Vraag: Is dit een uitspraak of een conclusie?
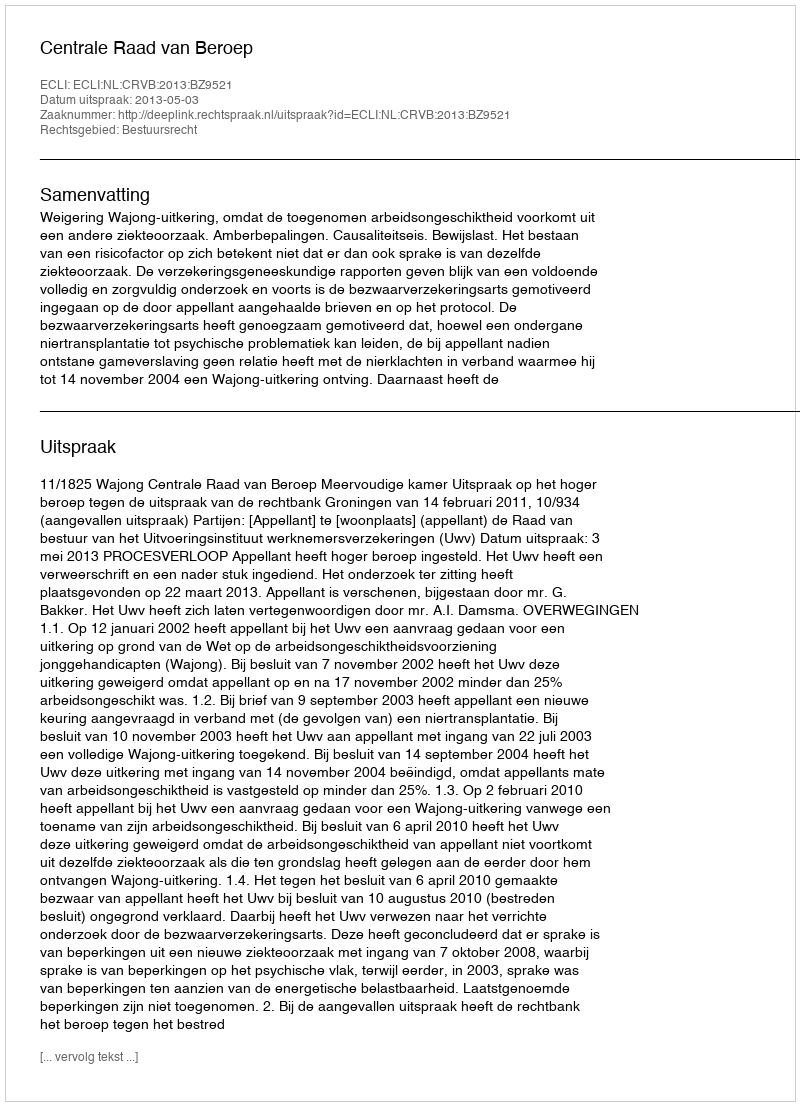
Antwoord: Uitspraak